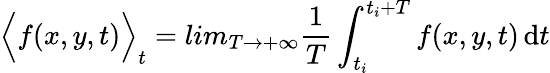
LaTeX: \Big\langle f(x,y,t)\Big\rangle_{t}=lim_{T\rightarrow+\infty}\frac{1}{T}\int_{t_{i}}^{t_{i}+T}f(x,y,t)\mathop{}\! \mathrm{d}t